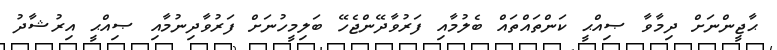
ޙާޖީންނަށް ދިމާވާ ޞިއްޙީ ކަންތައްތައް ބެލުމާއި ފަރުވާދޭންޖެހޭ ބަލިމީހުނަށް ފަރުވާދިނުމާއި ޞިއްޙީ އިރުޝާދު